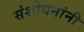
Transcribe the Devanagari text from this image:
संशोधनांनी